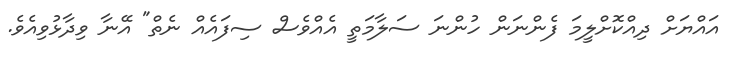
އައްޔަށް ދިއްކޮށްލީމަ ފެންނަން ހުންނަ ސަލާމަތީ އެއްވެސް ސިފައެއް ނެތް" އޭނާ ވިދާޅުވިއެވެ.